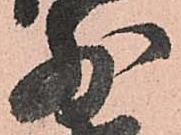
前